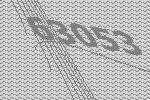
63053